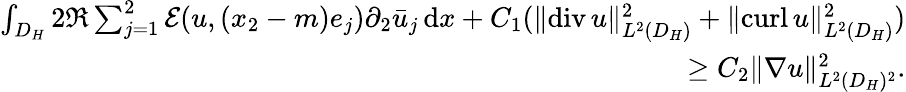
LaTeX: \begin{array}{r}{\int_{D_{H}}2\Re\sum_{j=1}^{2}\mathcal{E}(u,(x_{2}-m)e_{j})\partial_{2}\bar{u}_{j}\, \mathrm{d}x+C_{1}(\| \mathrm{div}\, u\| _{L^{2}(D_{H})}^{2}+\| \mathrm{curl}\, u\| _{L^{2}(D_{H})}^{2})}\\ {\ge C_{2}\| \nabla u\| _{L^{2}(D_{H})^{2}}^{2}.}\end{array}